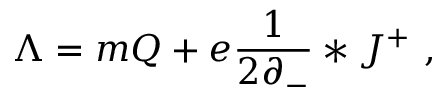
\Lambda = m Q + e \frac { 1 } { 2 \partial _ { - } } * J ^ { + } \ ,